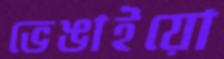
ভেঙাইয়ো